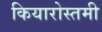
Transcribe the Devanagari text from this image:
कियारोस्तमी